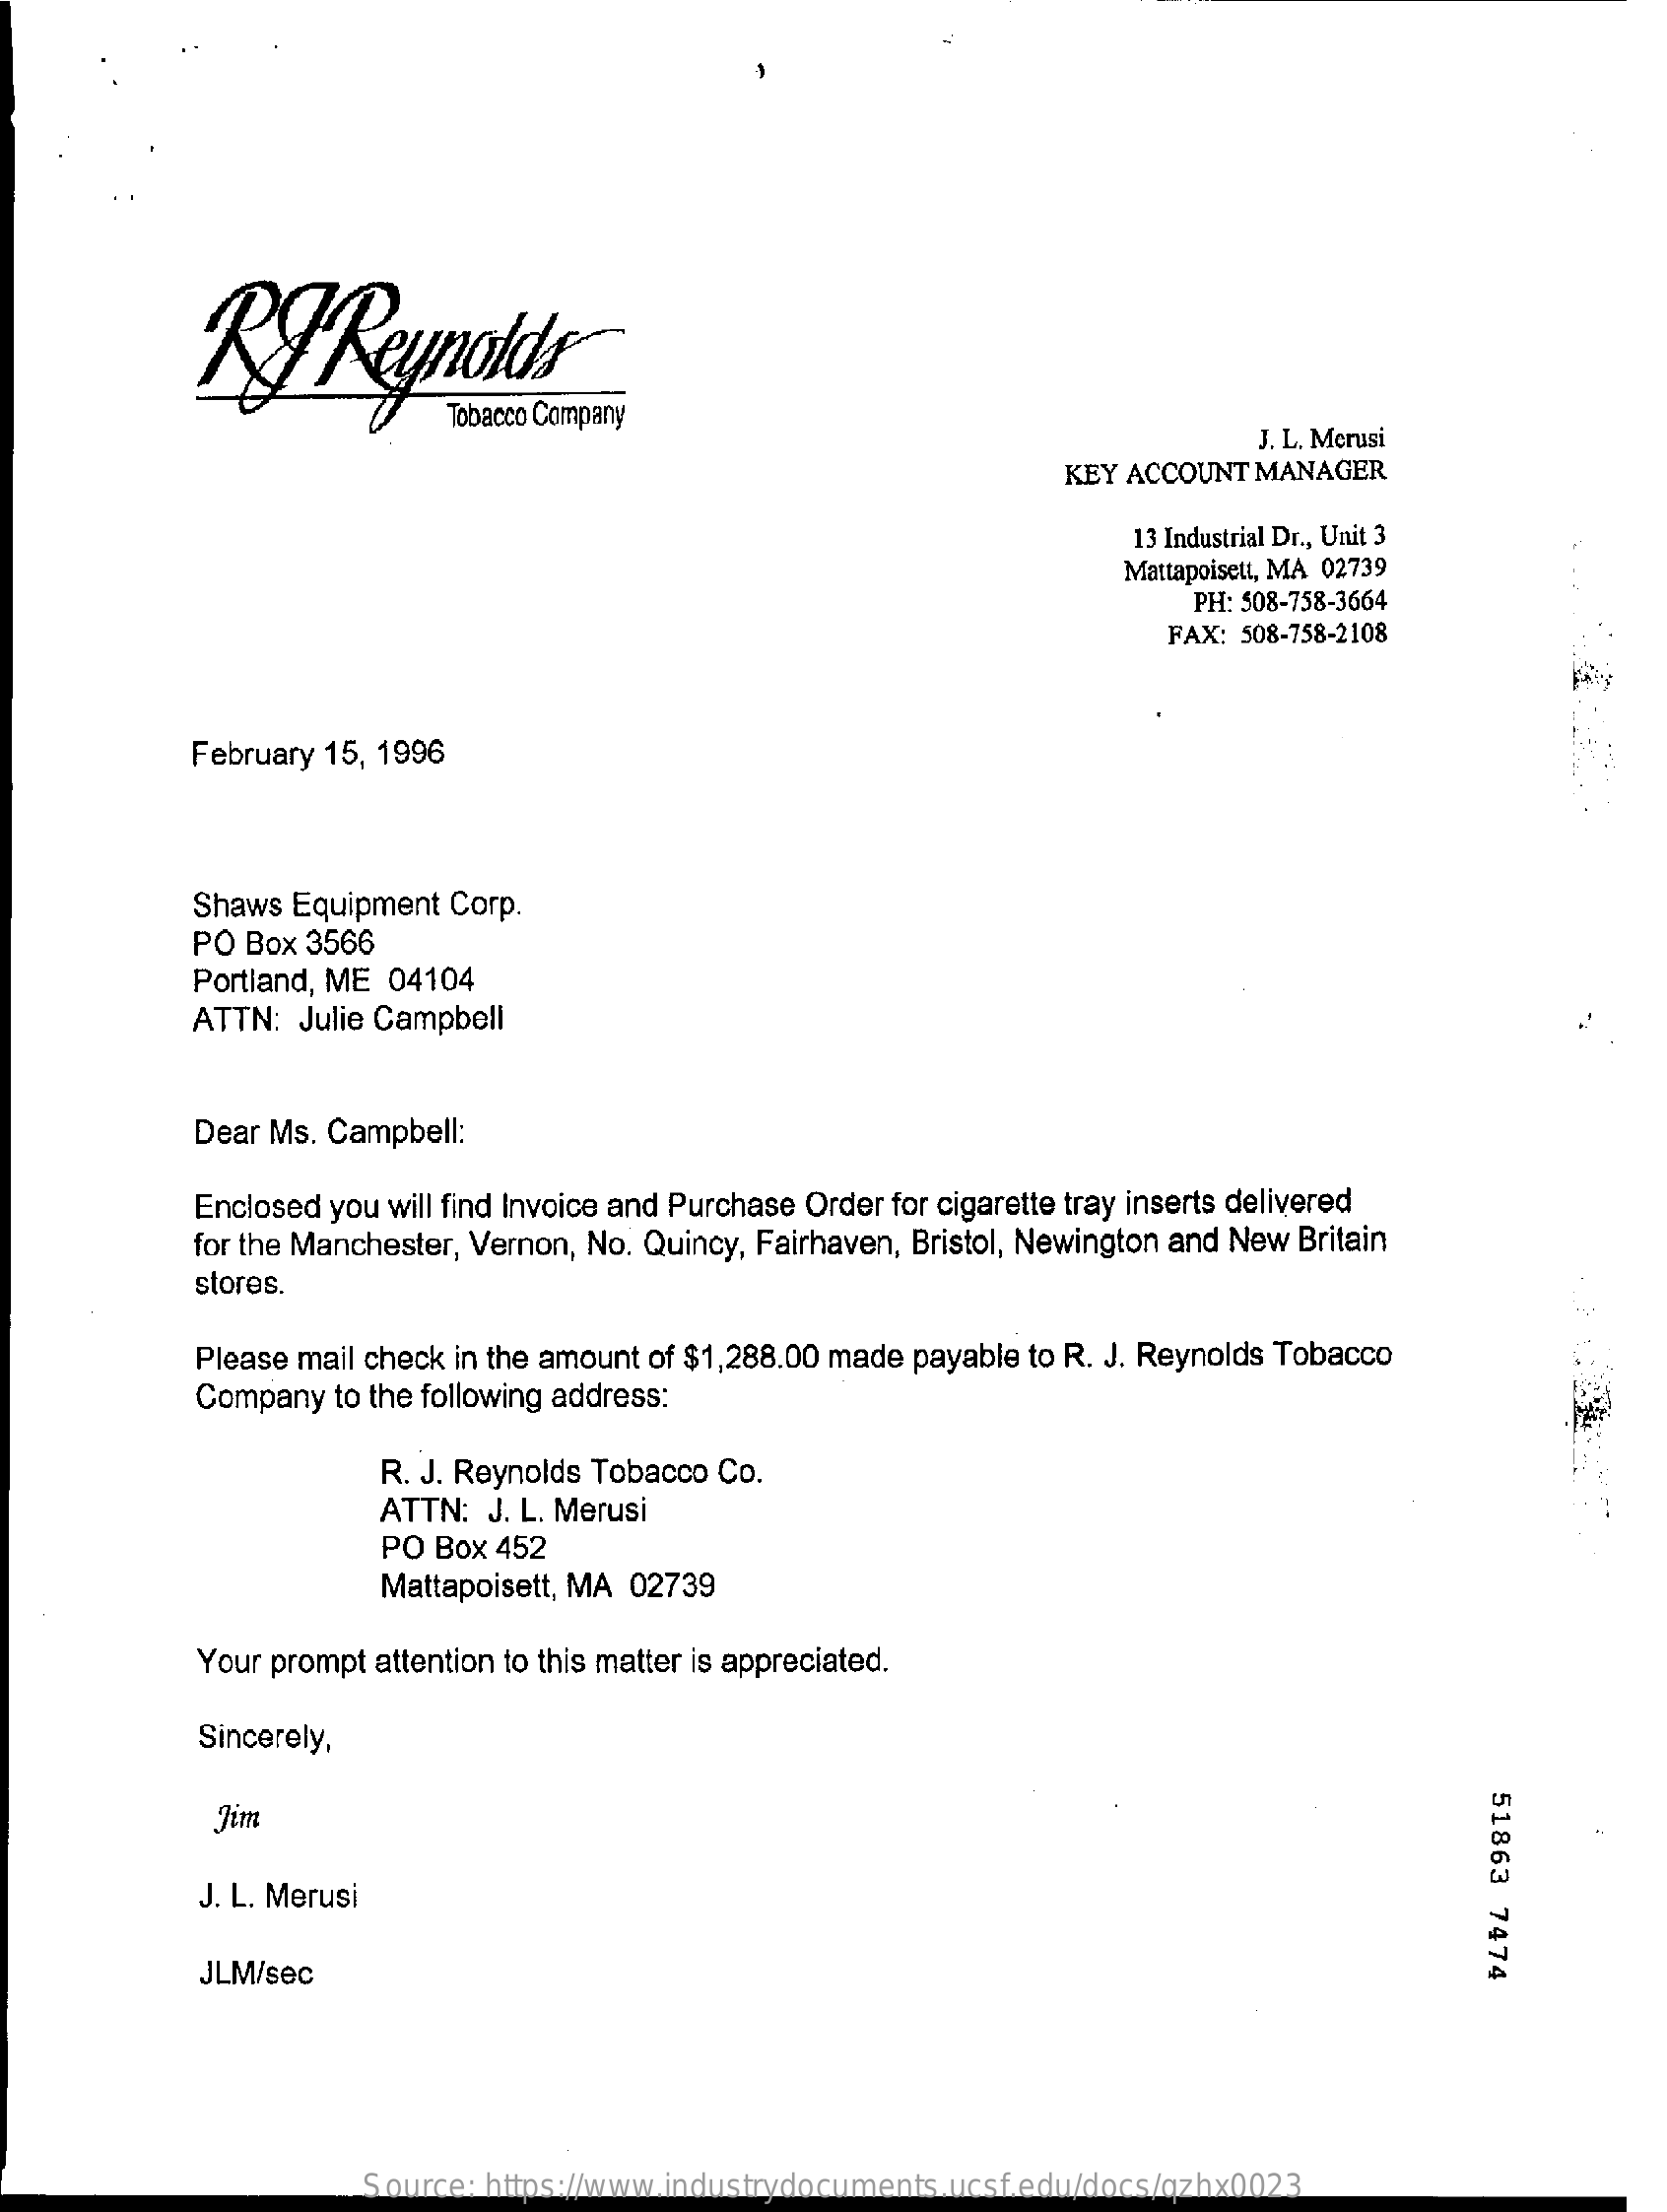
BJ    Reynolds
     Tobacco Company
     J. L. Merusi
     KEY ACCOUNT MANAGER
     13 Industrial Dr ., Unit 3
     Mattapoisett, MA 02739
     PH: 508-758-3664
     FAX: 508-758-2108
     February 15, 1996
     Shaws Equipment Corp.
     PO Box 3566
     Portland, ME 04104
     ATTN: Julie Campbell
     Dear Ms. Campbell:
     Enclosed you will find Invoice and Purchase Order for cigarette tray inserts delivered
     for the Manchester, Vernon, No. Quincy, Fairhaven, Bristol, Newington and New Britain
     stores.
     Please mail check in the amount of $1,288.00 made payable to R. J. Reynolds Tobacco
     Company  to the following address:
     R. J. Reynolds Tobacco Co.
     ATTN: J. L. Merusi
     PO Box 452
     Mattapoisett, MA 02739
     Your prompt attention to this matter is appreciated.
     Sincerely,
     51863
     7474
     Jim
     J. L. Merusi
     JLM/sec
     Source: https://www.industrydocuments.ucsf.edu/docs/qzhx0023